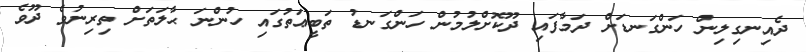
ދެއިނގިލިން ހަންގަނޑަށް ދަމާފައި ދޫކޮށްލުމުން ހަންގަނޑު ތަބީޢަތުގައި ހުންނަ ޙާލަތަށް ތިރިނުވެ ދޫވެ